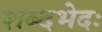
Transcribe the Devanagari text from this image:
शब्दभेदः